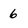
Character: 6